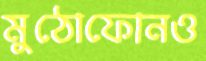
মুঠোফোনও